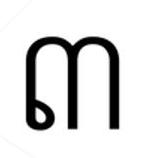
៣